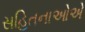
સહિતનાઓએ